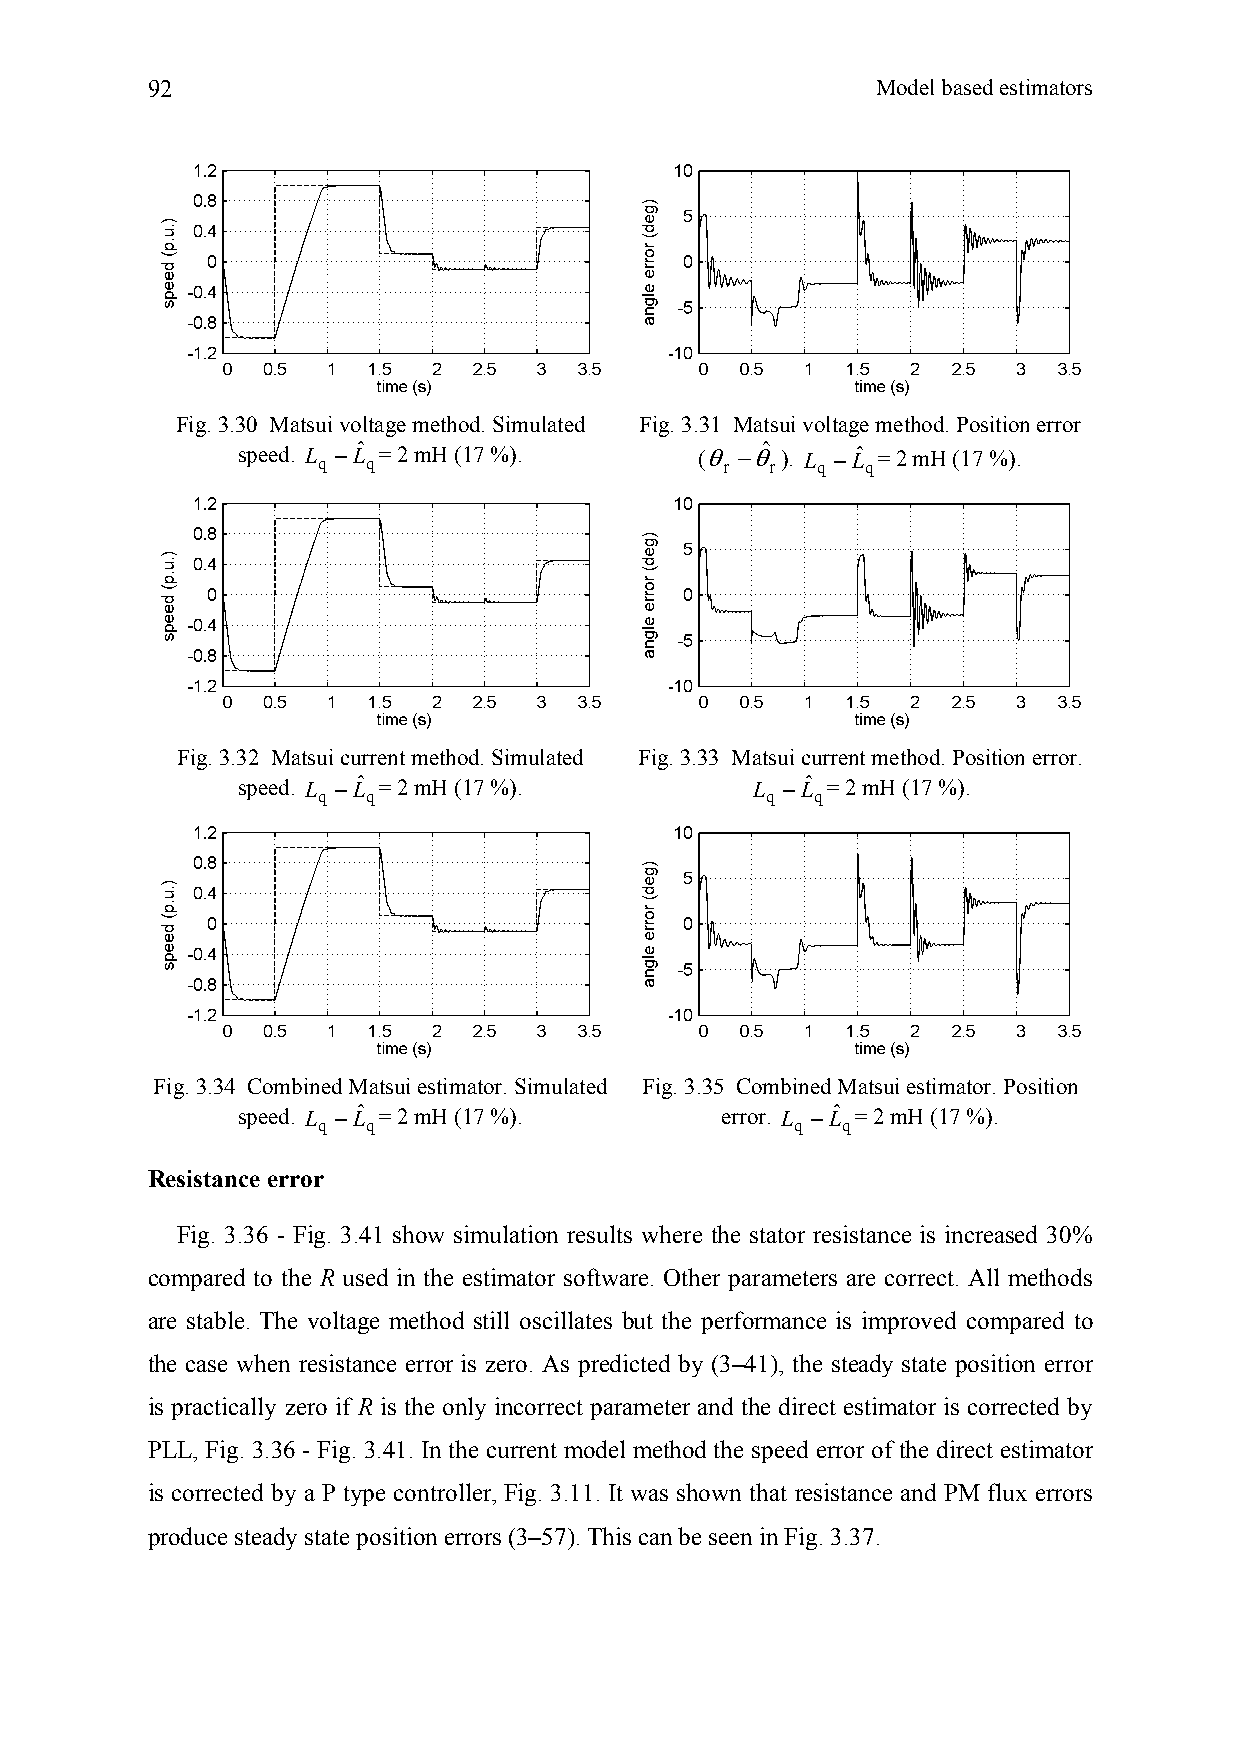
92                                              Model based estimators
 Fig. 3.30 Matsui voltage method. Simulated Fig. 3.31 Matsui voltage method. Position error
 speed. L q −Lˆ q= 2 mH (17 %). (θ r −θˆ r). L q −Lˆ q= 2 mH (17 %).
 Fig. 3.32 Matsui current method. Simulated Fig. 3.33 Matsui current method. Position error.
 speed. L −Lˆ = 2 mH (17 %).       L −Lˆ = 2 mH (17 %).
 q  q                          q  q
 Fig. 3.34 Combined Matsui estimator. Simulated Fig. 3.35 Combined Matsui estimator. Position
 speed. L −Lˆ = 2 mH (17 %).     error. L −Lˆ = 2 mH (17 %).
 q  q                            q  q
 Resistance error
 Fig. 3.36 - Fig. 3.41 show simulation results where the stator resistance is increased 30%
 compared to the R used in the estimator software. Other parameters are correct. All methods
 are stable. The voltage method still oscillates but the performance is improved compared to
 the case when resistance error is zero. As predicted by (3–41), the steady state position error
 is practically zero if R is the only incorrect parameter and the direct estimator is corrected by
 PLL, Fig. 3.36 - Fig. 3.41. In the current model method the speed error of the direct estimator
 is corrected by a P type controller, Fig. 3.11. It was shown that resistance and PM flux errors
 produce steady state position errors (3–57). This can be seen in Fig. 3.37.